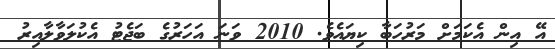
އޭ އިން އެކަމަށް މަރުހަބާ ކިޔައެވެ. 2010 ވަނަ އަހަރުގެ ބަޖެޓު އެކުލަވާލާއިރު